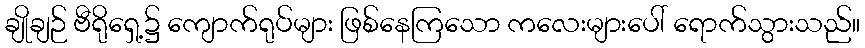
ချိုချဉ် ဗီရိုရှေ့၌ ကျောက်ရုပ်များ ဖြစ်နေကြသော ကလေးများပေါ် ရောက်သွားသည်။